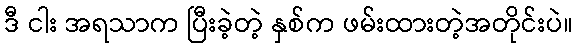
ဒီ ငါး အရသာက ပြီးခဲ့တဲ့ နှစ်က ဖမ်းထားတဲ့အတိုင်းပဲ။